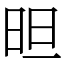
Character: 㫜